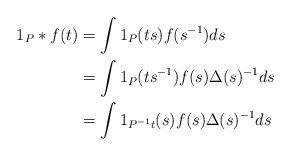
LaTeX: \begin{align*} 1_{P}*f(t)&=\int 1_{P}(ts)f(s^{-1})ds\\ &= \int 1_{P}(ts^{-1})f(s)\Delta(s)^{-1}ds\\ &=\int 1_{P^{-1}t}(s)f(s)\Delta(s)^{-1}ds \end{align*}